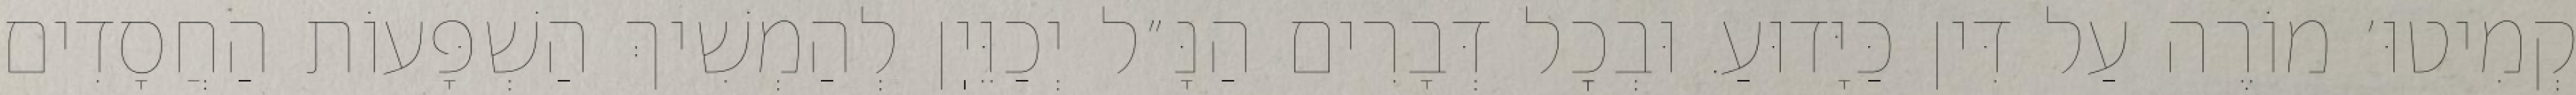
קְמִיטוּ׳ מוֹרֶה עַל דִּין כַּיָּדוּעַ. וּבְכׇל דְּבָרִים הַנָּ״ל יְכַוֵּיֽן לְהַמְשִׁיךְ הַשְׁפָּעוֹת הַחֲסָדִים